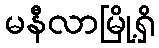
မနီလာမြို့ရှိ